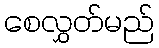
စေလွှတ်မည်